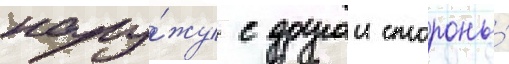
нару́жу с другои стороны́